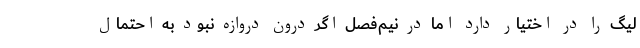
لیگ را در اختیار دارد اما در نیم‌فصل اگر درون دروازه نبود به احتمال